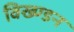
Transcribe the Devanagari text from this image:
विख्ण्डन